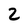
Character: 2